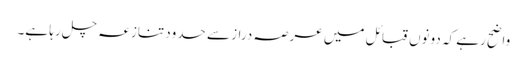
واضح رہے کہ دونوں قبائل میں عرصہ دراز سے حدود تنازعہ چل رہا ہے۔